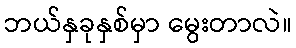
ဘယ်နှခုနှစ်မှာ မွေးတာလဲ။